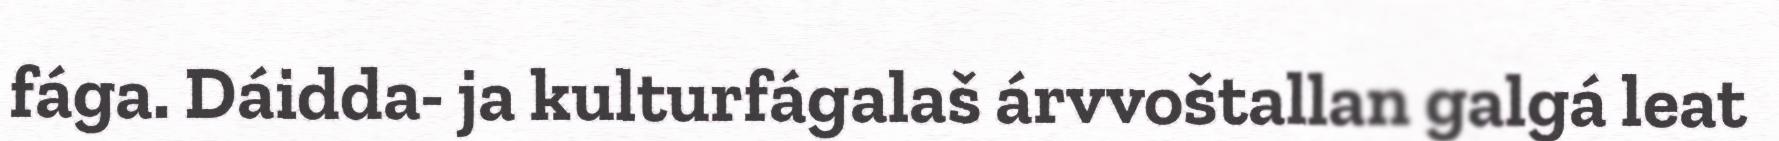
fága. Dáidda- ja kulturfágalaš árvvoštallan galgá leat